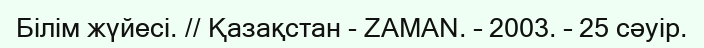
Білім жүйесі. // Қазақстан - ZAMAN. – 2003. – 25 сәуір.